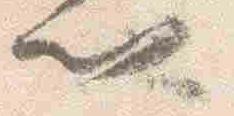
門